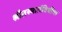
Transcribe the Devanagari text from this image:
श्रौतस्मार्तविधींचा